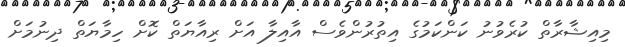
މިއިޝާރާތް ކުރެވުނު ކަންކަމުގެ އިތުރުންވެސް އާއިލާ އަށް ރިއާޔަތް ކޮށް ހިމާޔަތް ދިނުމަށް